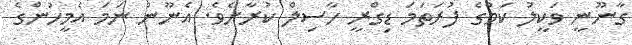
ގާނޫނީ ވަކީލު ކަމުގެ ފުރަތަމަ ޑިގްރީ ހާސިލް ކުރާށެވެ. އެނޫން ނަމަ އެމީހުންގެ